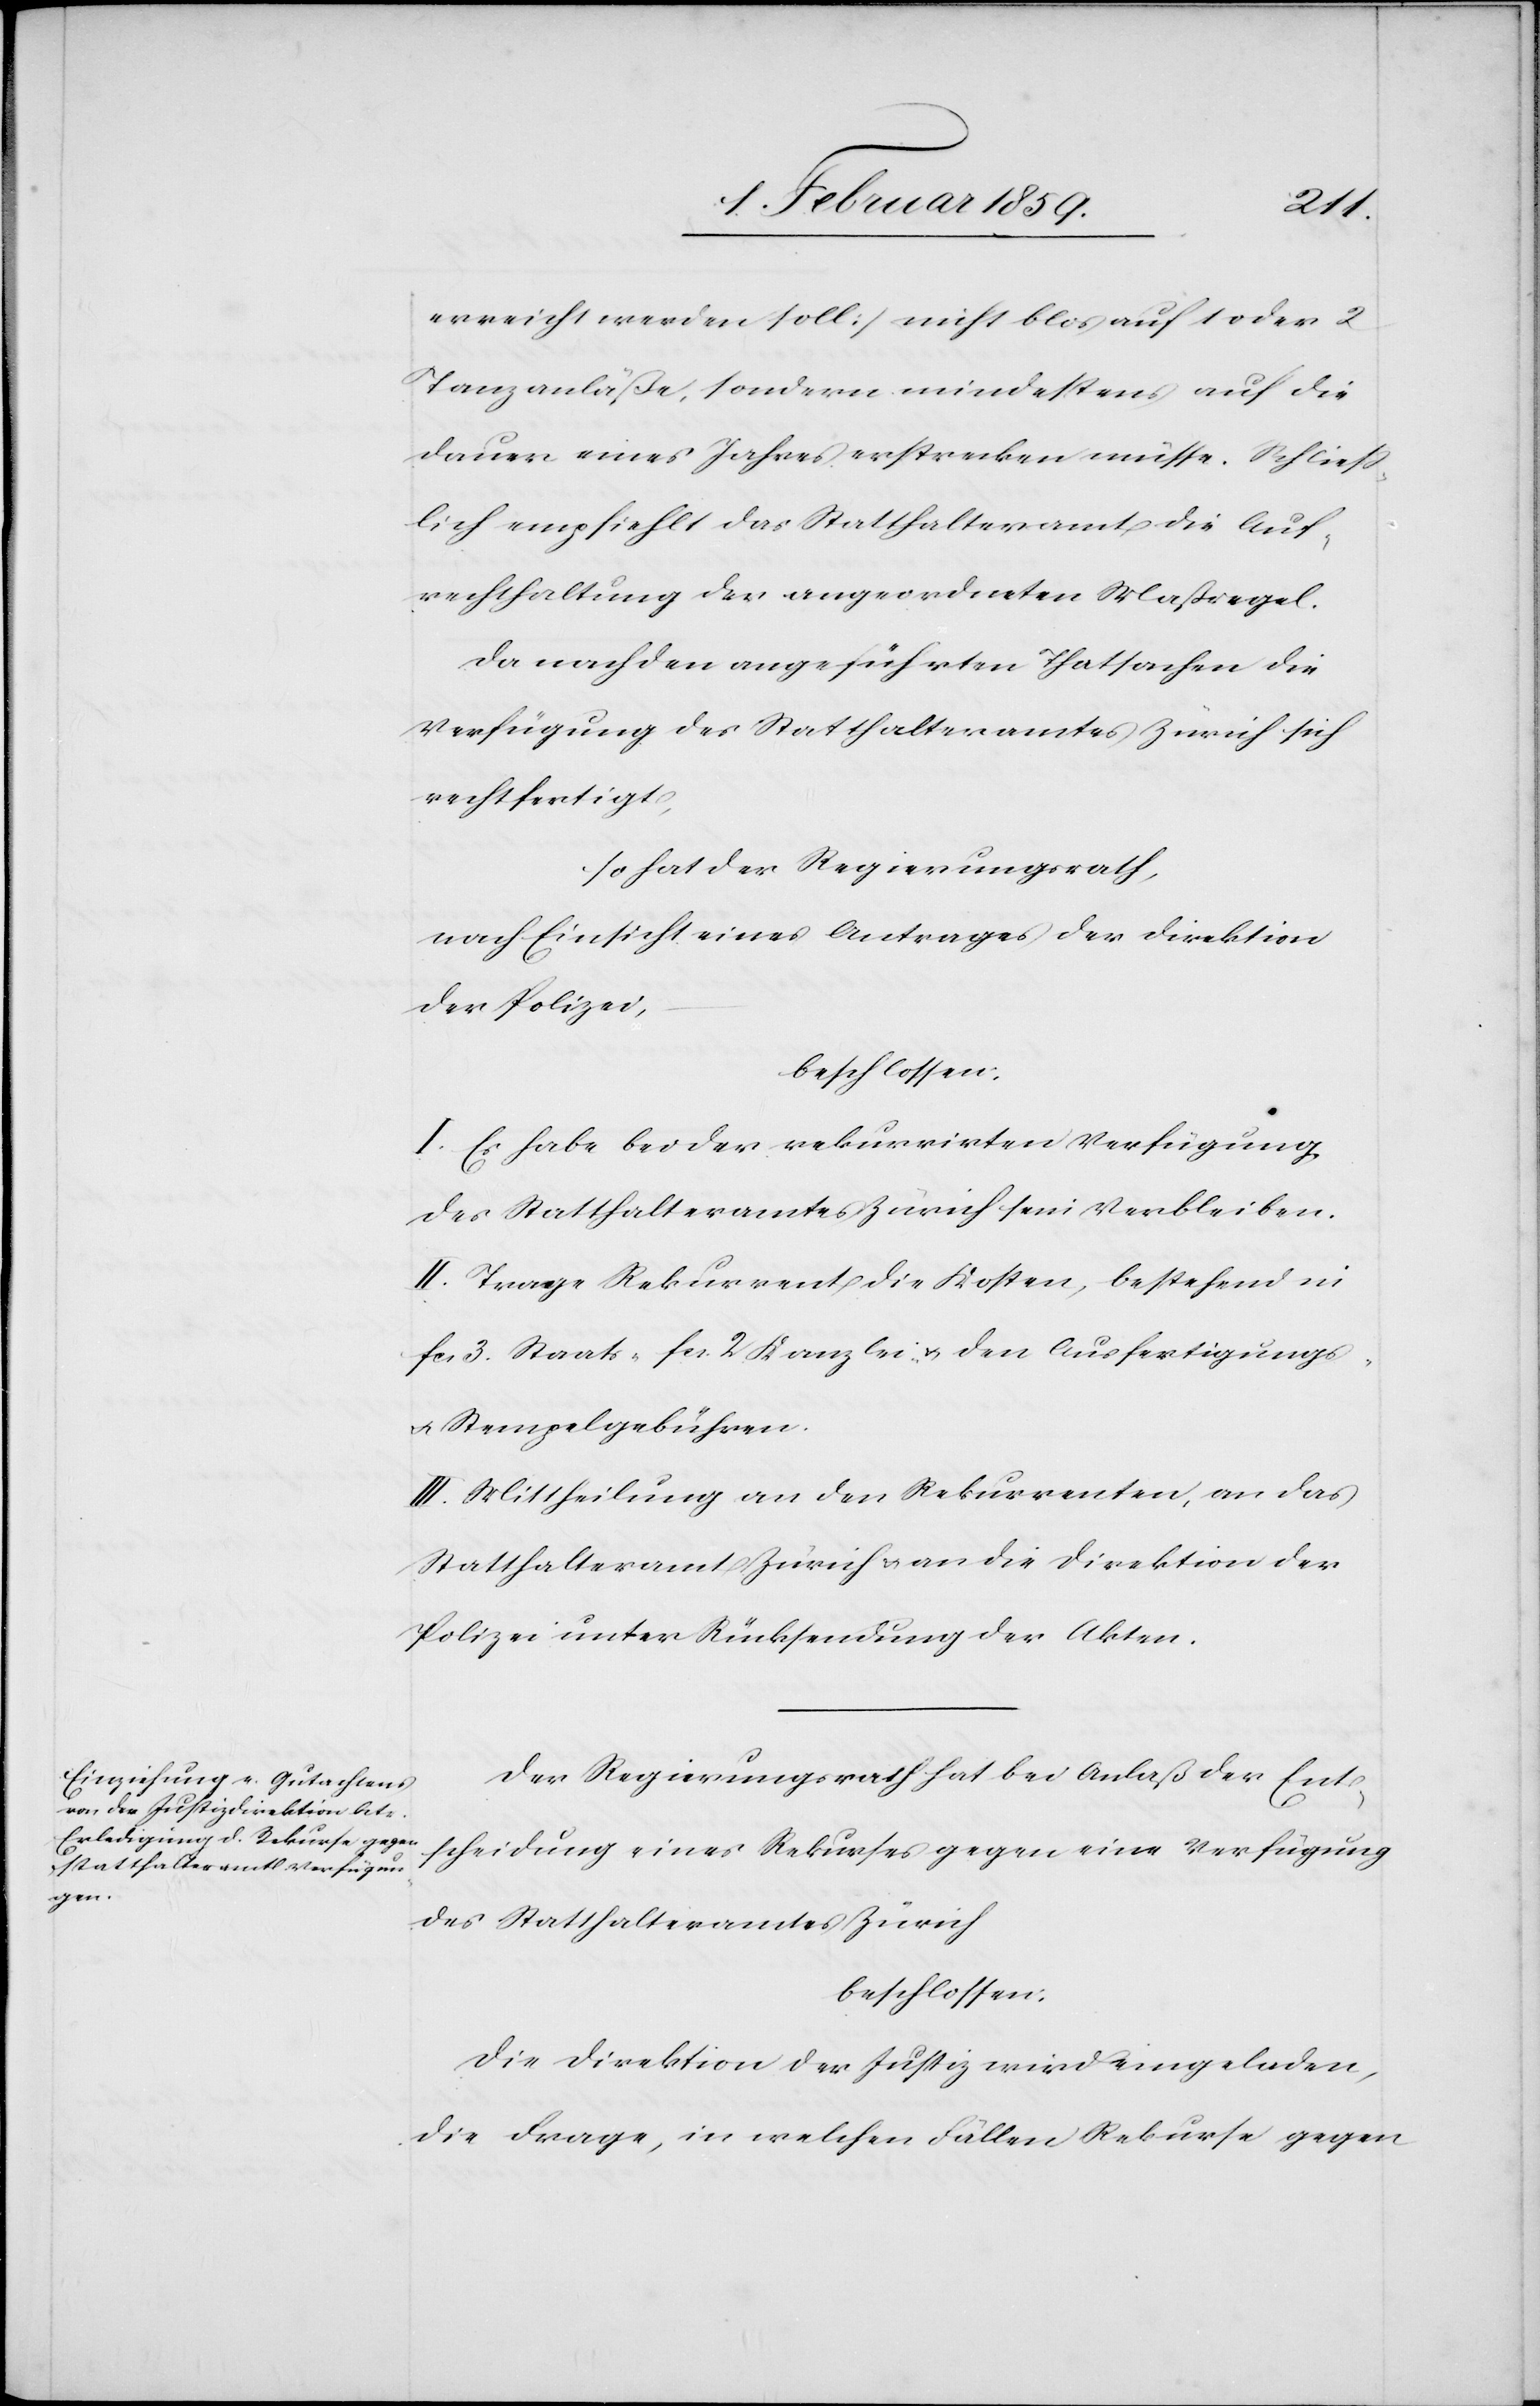
blos
Tanzanläße, sondern mindestens auf die
Dauer eines Jahres erstrecken müsse. Schließ¬
lich empfiehlt das Statthalteramt die Auf¬
rechthaltung der angeordneten Maßregel.
Da nach den angeführten Thatsachen die
Verfügung des Statthalteramtes Zürich sich
rechtfertigt,
so hat der Regierungsrath,
nach Einsicht eines Antrages der Direktion
der Polizei,
beschlossen:
I. Es habe bei der rekurrirten Verfügung
des Statthalteramtes Zürich sein Verbleiben.
II. Trage Rekurrent die Kosten, bestehend in
fcs. 3. Staats-[,] fcs. 2 Kanzlei- u. den Ausfertigungs-
u. Stempelgebühren.
III. Mittheilung an den Rekurrenten, an das
Statthalteramt Zürich u. an die Direktion der
Polizei unter Rücksendung der Akten.
Der Regierungsrath hat bei Anlaß der Ent¬
scheidung eines Rekurses gegen eine Verfügung
des Statthalteramtes Zürich
beschlossen:
Die Direktion der Justiz wird eingeladen,
die Frage, in welchen Fällen Rekurse gegen